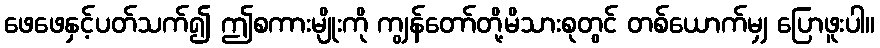
ဖေဖေနှင့်ပတ်သက်၍ ဤစကားမျိုးကို ကျွန်တော်တို့မိသားစုတွင် တစ်ယောက်မျှ ပြောဖူးပါ။